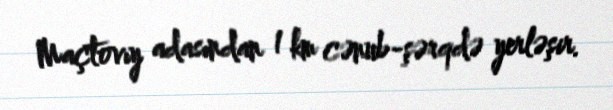
Maçtovıy adasından 1 km cənub-şərqdə yerləşir.